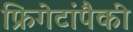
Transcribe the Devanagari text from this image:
फ्रिगेटांपैकी